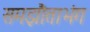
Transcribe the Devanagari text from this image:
समझौताभंग